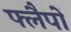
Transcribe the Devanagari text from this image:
फ्लैपों